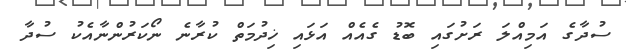
ސުދާގެ އަމިއްލަ ރަށުގައި ބޮޑު ގެއެއް އަޅައި ޚިދުމަތް ކުރާނެ ނޯކަރުންނާއެކު ސުދާ